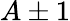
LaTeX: A\pm 1